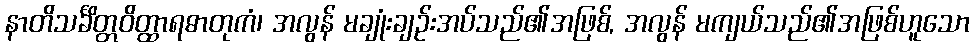
နာတိသင်္ခိတ္တဝိတ္ထာရဓာတုကံ၊ အလွန် မချုံးချဉ်းအပ်သည်၏အဖြစ်, အလွန် မကျယ်သည်၏အဖြစ်ဟူသော